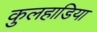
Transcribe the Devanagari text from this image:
कुलहाडिया